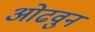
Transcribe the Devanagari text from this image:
ओढवुन